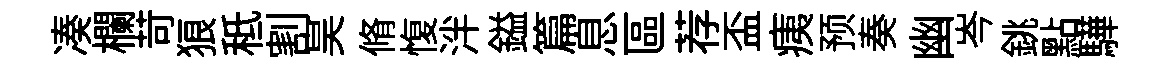
凑欄苛狼秪割昊脩愎泮鎰篇息區荐盃痍预奏幽岑銚點驊